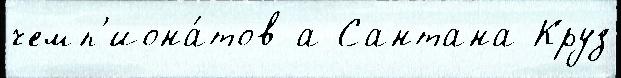
чемп'иона́тов а Сантана Круз